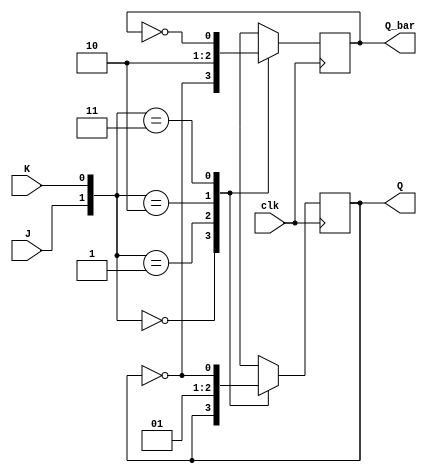
module jk_flipflop (
    input clk,
    input J,
    input K,
    output reg Q,
    output reg Q_bar
);

always @(posedge clk) begin
    case ({J, K})
        2'b00: // no change
            begin
                Q <= Q;
                Q_bar <= ~Q;
            end
        2'b01: // reset
            begin
                Q <= 1'b0;
                Q_bar <= 1'b1;
            end
        2'b10: // set
            begin
                Q <= 1'b1;
                Q_bar <= 1'b0;
            end
        2'b11: // toggle
            begin
                Q <= ~Q;
                Q_bar <= ~Q_bar;
            end
    endcase
end

endmodule